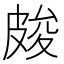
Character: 𭽫